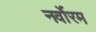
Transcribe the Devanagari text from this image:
नर्वोरम